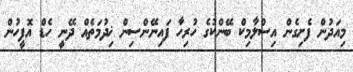
މިއަދުން ފެށިގެން އިސްލާމިކް ބޭންކުގެ ހުރިހާ ފައިނޭންސިން ޚިދުމަތެއް ދޭނީ ހެޑް އޮފީހުން